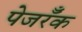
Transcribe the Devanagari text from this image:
पेजरॅँक